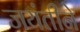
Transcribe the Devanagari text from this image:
जयंतीने